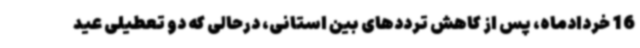
16 خردادماه، پس از کاهش ترددهای بین استانی، درحالی که دو تعطیلی عید